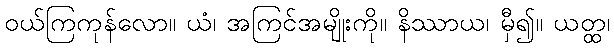
ဝယ်ကြကုန်လော။ ယံ၊ အကြင်အမျိုးကို။ နိဿာယ၊ မှီ၍။ ယတ္ထ၊